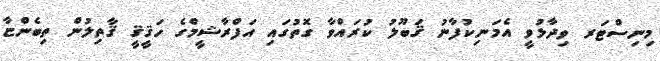
މިނިސްޓަރ ވިދާޅުވީ އެމަނިކުފާނު ޤަބޫލު ކުރައްވާ ގޮތުގައި އަފްރާޝީމްގެ ހަޤީޤީ ޤާތިލުން ތިބެންޏާ